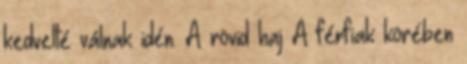
kedvelté válnak idén. A rövid haj A férfiak körében